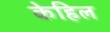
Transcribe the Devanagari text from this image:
केहिल